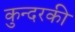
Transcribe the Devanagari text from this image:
कुन्‍दरकी